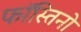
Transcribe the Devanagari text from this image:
फॉस्तिनो